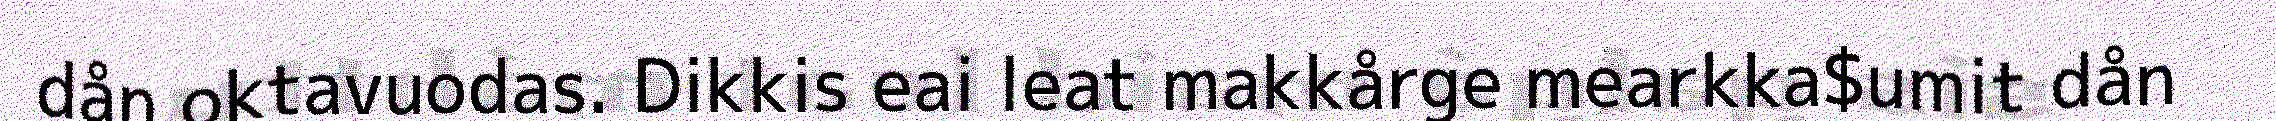
dån oktavuodas. Dikkis eai leat makkårge mearkka$umit dån